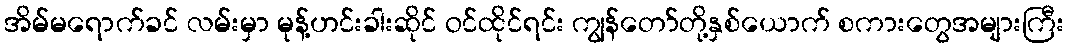
အိမ်မရောက်ခင် လမ်းမှာ မုန့်ဟင်းခါးဆိုင် ဝင်ထိုင်ရင်း ကျွန်တော်တို့နှစ်ယောက် စကားတွေအများကြီး